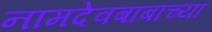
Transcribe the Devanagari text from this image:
नामदेवबाबांच्या